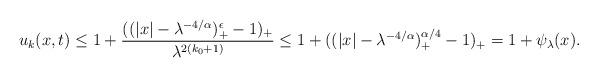
LaTeX: \begin{align*} \begin{aligned} u_k(x,t)\leq 1+ \frac{((|x|-\lambda^{-4/\alpha})_+^{\epsilon}-1)_+}{\lambda^{2(k_0+1)}}\leq 1+((|x|-\lambda^{-4/\alpha})_+^{\alpha/4}-1)_+=1+\psi_\lambda(x). \end{aligned} \end{align*}